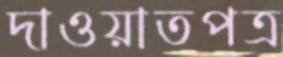
দাওয়াতপত্র